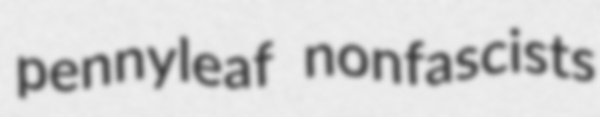
pennyleaf nonfascists